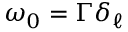
\omega _ { 0 } = \Gamma \delta _ { \ell }